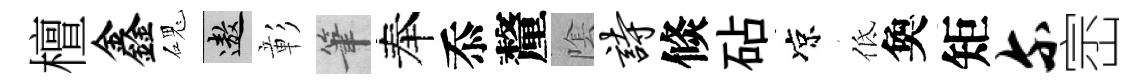
檀鑫磈遨彰筆奉忝釐隂诗倐砧凉低奐矩尔崈